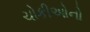
ચોકીઓનો